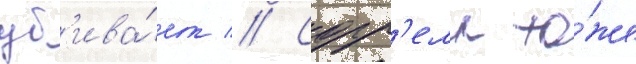
уб'ива́ет // Сорр'елл то́же